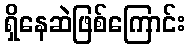
ရှိနေဆဲဖြစ်ကြောင်း